Vaccination report Assam 1874-1896 - 1874-1896
Year: 1874
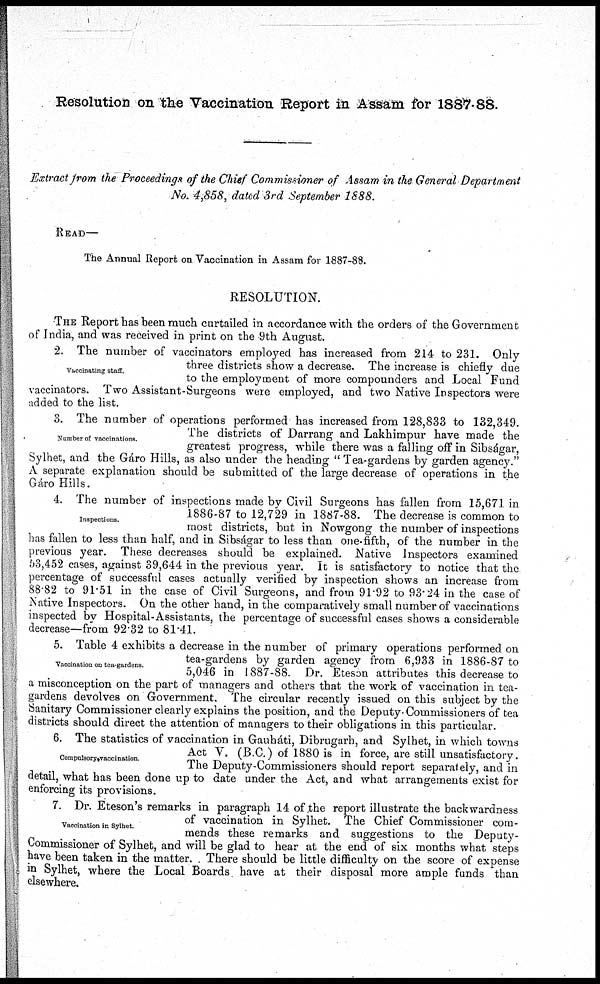
Resolution on the Vaccination Report in Assam for 1887-88.
Extract from the Proceedings of the Chief Commissioner of Assam in the General Department
No. 4,858, dated 3rd September 1888.
READ—
The Annual Report on Vaccination in Assam for 1887-88.
RESOLUTION.
Vaccinating staff
THE Report has been much curtailed in accordance with the orders of the Government
of India, and was received in print on the 9th August.
2. The number of vaccinators employed has increased from 214 to 231. Only-
three districts show a decrease. The increase is chiefly due
to the employment of more compounders and Local Fund
vaccinators. Two Assistant-Surgeons were employed, and two Native Inspectors were
added to the list.
Number of vaccinations.
3. The number of operations performed has increased from 128,833 to 132,349.
The districts of Darrang and Lakhimpur have made the
greatest progress, while there was a falling off in Sibságar,
Sylhet, and the Gáro Hills, as also under the heading " Tea-gardens by garden agency."
A separate explanation should be submitted of the large decrease of operations in the
Gáro Hills.
Inspections.
4. The number of inspections made by Civil Surgeons has fallen from 15,671 in
1886-87 to 12,729 in 1887-88. The decrease is common to
most districts, but in Nowgong the number of inspections
has fallen to less than half, and in Sibságar to less than one-fifth, of the number in the
previous year. These decreases should be explained. Native Inspectors examined
53,452 cases, against 39,644 in the previous year. It is satisfactory to notice that the
percentage of successful cases actually verified by inspection shows an increase from
88.82 to 91.51 in the case of Civil Surgeons, and from 91.92 to 93.24 in the case of
Native Inspectors. On the other hand, in the comparatively small number of vaccinations
inspected by Hospital-Assistants, the percentage of successful cases shows a considerable
decrease—from 92.32 to 81.41.
Vaccination on tea-gardens
5. Table 4 exhibits a decrease in the number of primary operations performed on
tea-gardens by garden agency from 6,933 in 1886-87 to
5,046 in 1887-88. Dr. Eteson attributes this decrease to
a misconception on the part of managers and others that the work of vaccination in tea-
gardens devolves on Government. The circular recently issued on this subject by the
Sanitary Commissioner clearly explains the position, and the Deputy-Commissioners of tea
districts should direct the attention of managers to their obligations in this particular.
Compulsory vaccinataon
6. The statistics of vaccination in Gauháti, Dibrugarh, and Sylhet, in which towns
Act V. (B.C.) of 1880 is in force, are still unsatisfactory.
The Deputy-Commissioners should report separately, and in
detail, what has been done up to date under the Act, and what arrangements exist for
enforcing its provisions.
Vaccination in Sylhet.
7. Dr. Eteson's remarks in paragraph 14 of the report illustrate the backwardness
of vaccination in Sylhet. The Chief Commissioner com-
mends these remarks and suggestions to the Deputy-
Commissioner of Sylhet, and will be glad to hear at the end of six months what steps
have been taken in the matter. . There should be little difficulty on the score of expense
in Sylhet, where the Local Boards have at their disposal more ample funds than
elsewhere.